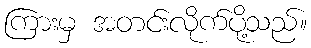
ကြားမှ အတင်းလိုက်ပို့သည်။